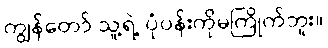
ကျွန်တော် သူ့ရဲ့ ပုံပန်းကိုမကြိုက်ဘူး။